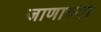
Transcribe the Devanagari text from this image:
जाणाच्या